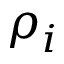
\rho _ { i }